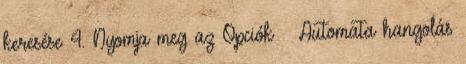
keresése 4. Nyomja meg az Opciók → Automata hangolás